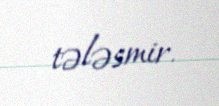
tələsmir.